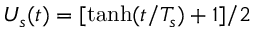
U _ { s } ( t ) = [ \operatorname { t a n h } ( t / T _ { s } ) + 1 ] / 2